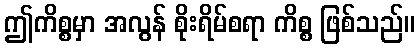
ဤကိစ္စမှာ အလွန် စိုးရိမ်စရာ ကိစ္စ ဖြစ်သည်။